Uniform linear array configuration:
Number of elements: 12
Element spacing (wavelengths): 0.75
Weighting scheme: binomial
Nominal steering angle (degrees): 60
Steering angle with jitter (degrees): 58.663
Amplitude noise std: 0.05
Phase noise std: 0.05

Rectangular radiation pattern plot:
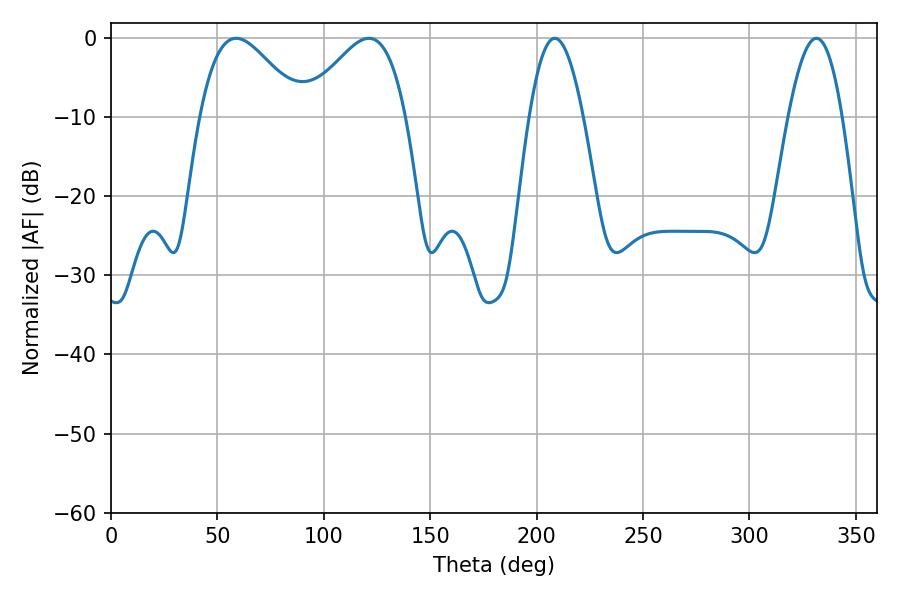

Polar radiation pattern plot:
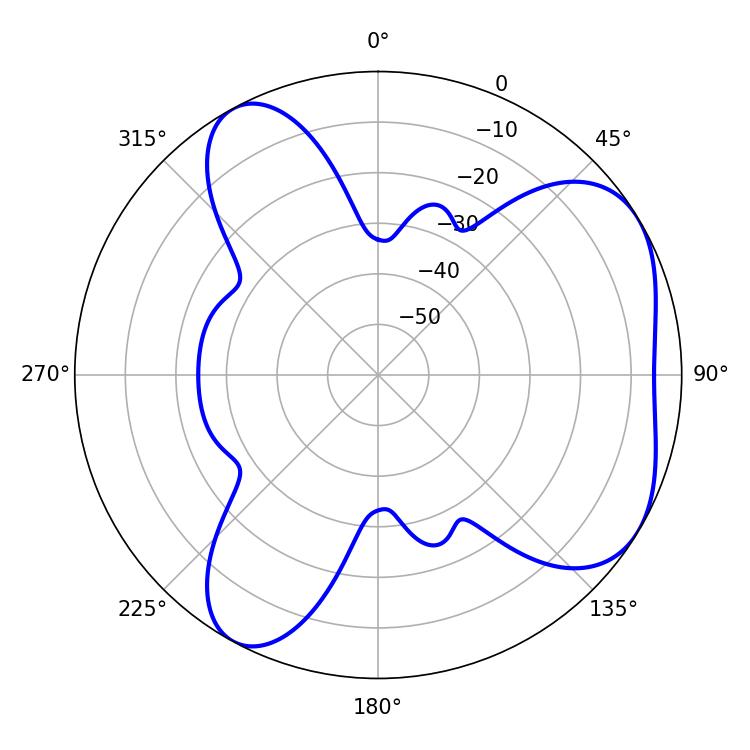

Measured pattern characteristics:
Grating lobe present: TRUE
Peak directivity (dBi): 5.146
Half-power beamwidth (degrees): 25.56
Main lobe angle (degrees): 58.86